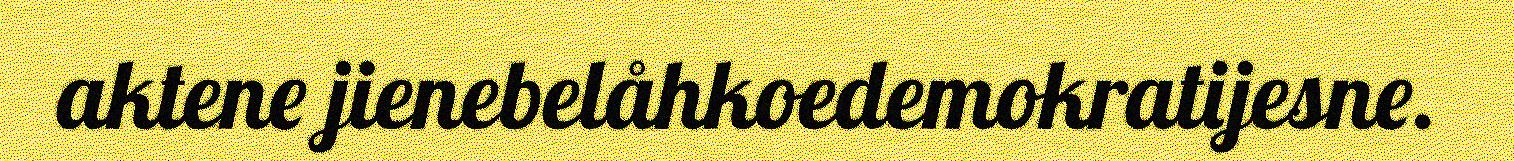
aktene jienebelåhkoedemokratijesne.